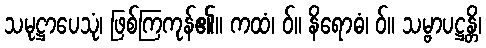
သမုဋ္ဌာပေသုံ၊ ဖြစ်ကြကုန်၏။ ကထံ၊ ဝ်။ နိရောဓံ၊ ဝ်။ သမ္ဗာပဋ္ဌန္တိ၊